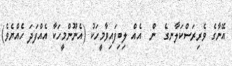
އޭނާގެ ވެރިރަސްކަލާނގެ  ން  އެއް ލިބިފައިވާމީހަކު (އެނޫންމީހަކާ އެއްފަދަ ހެއްޔެވެ)